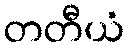
တတီယံ